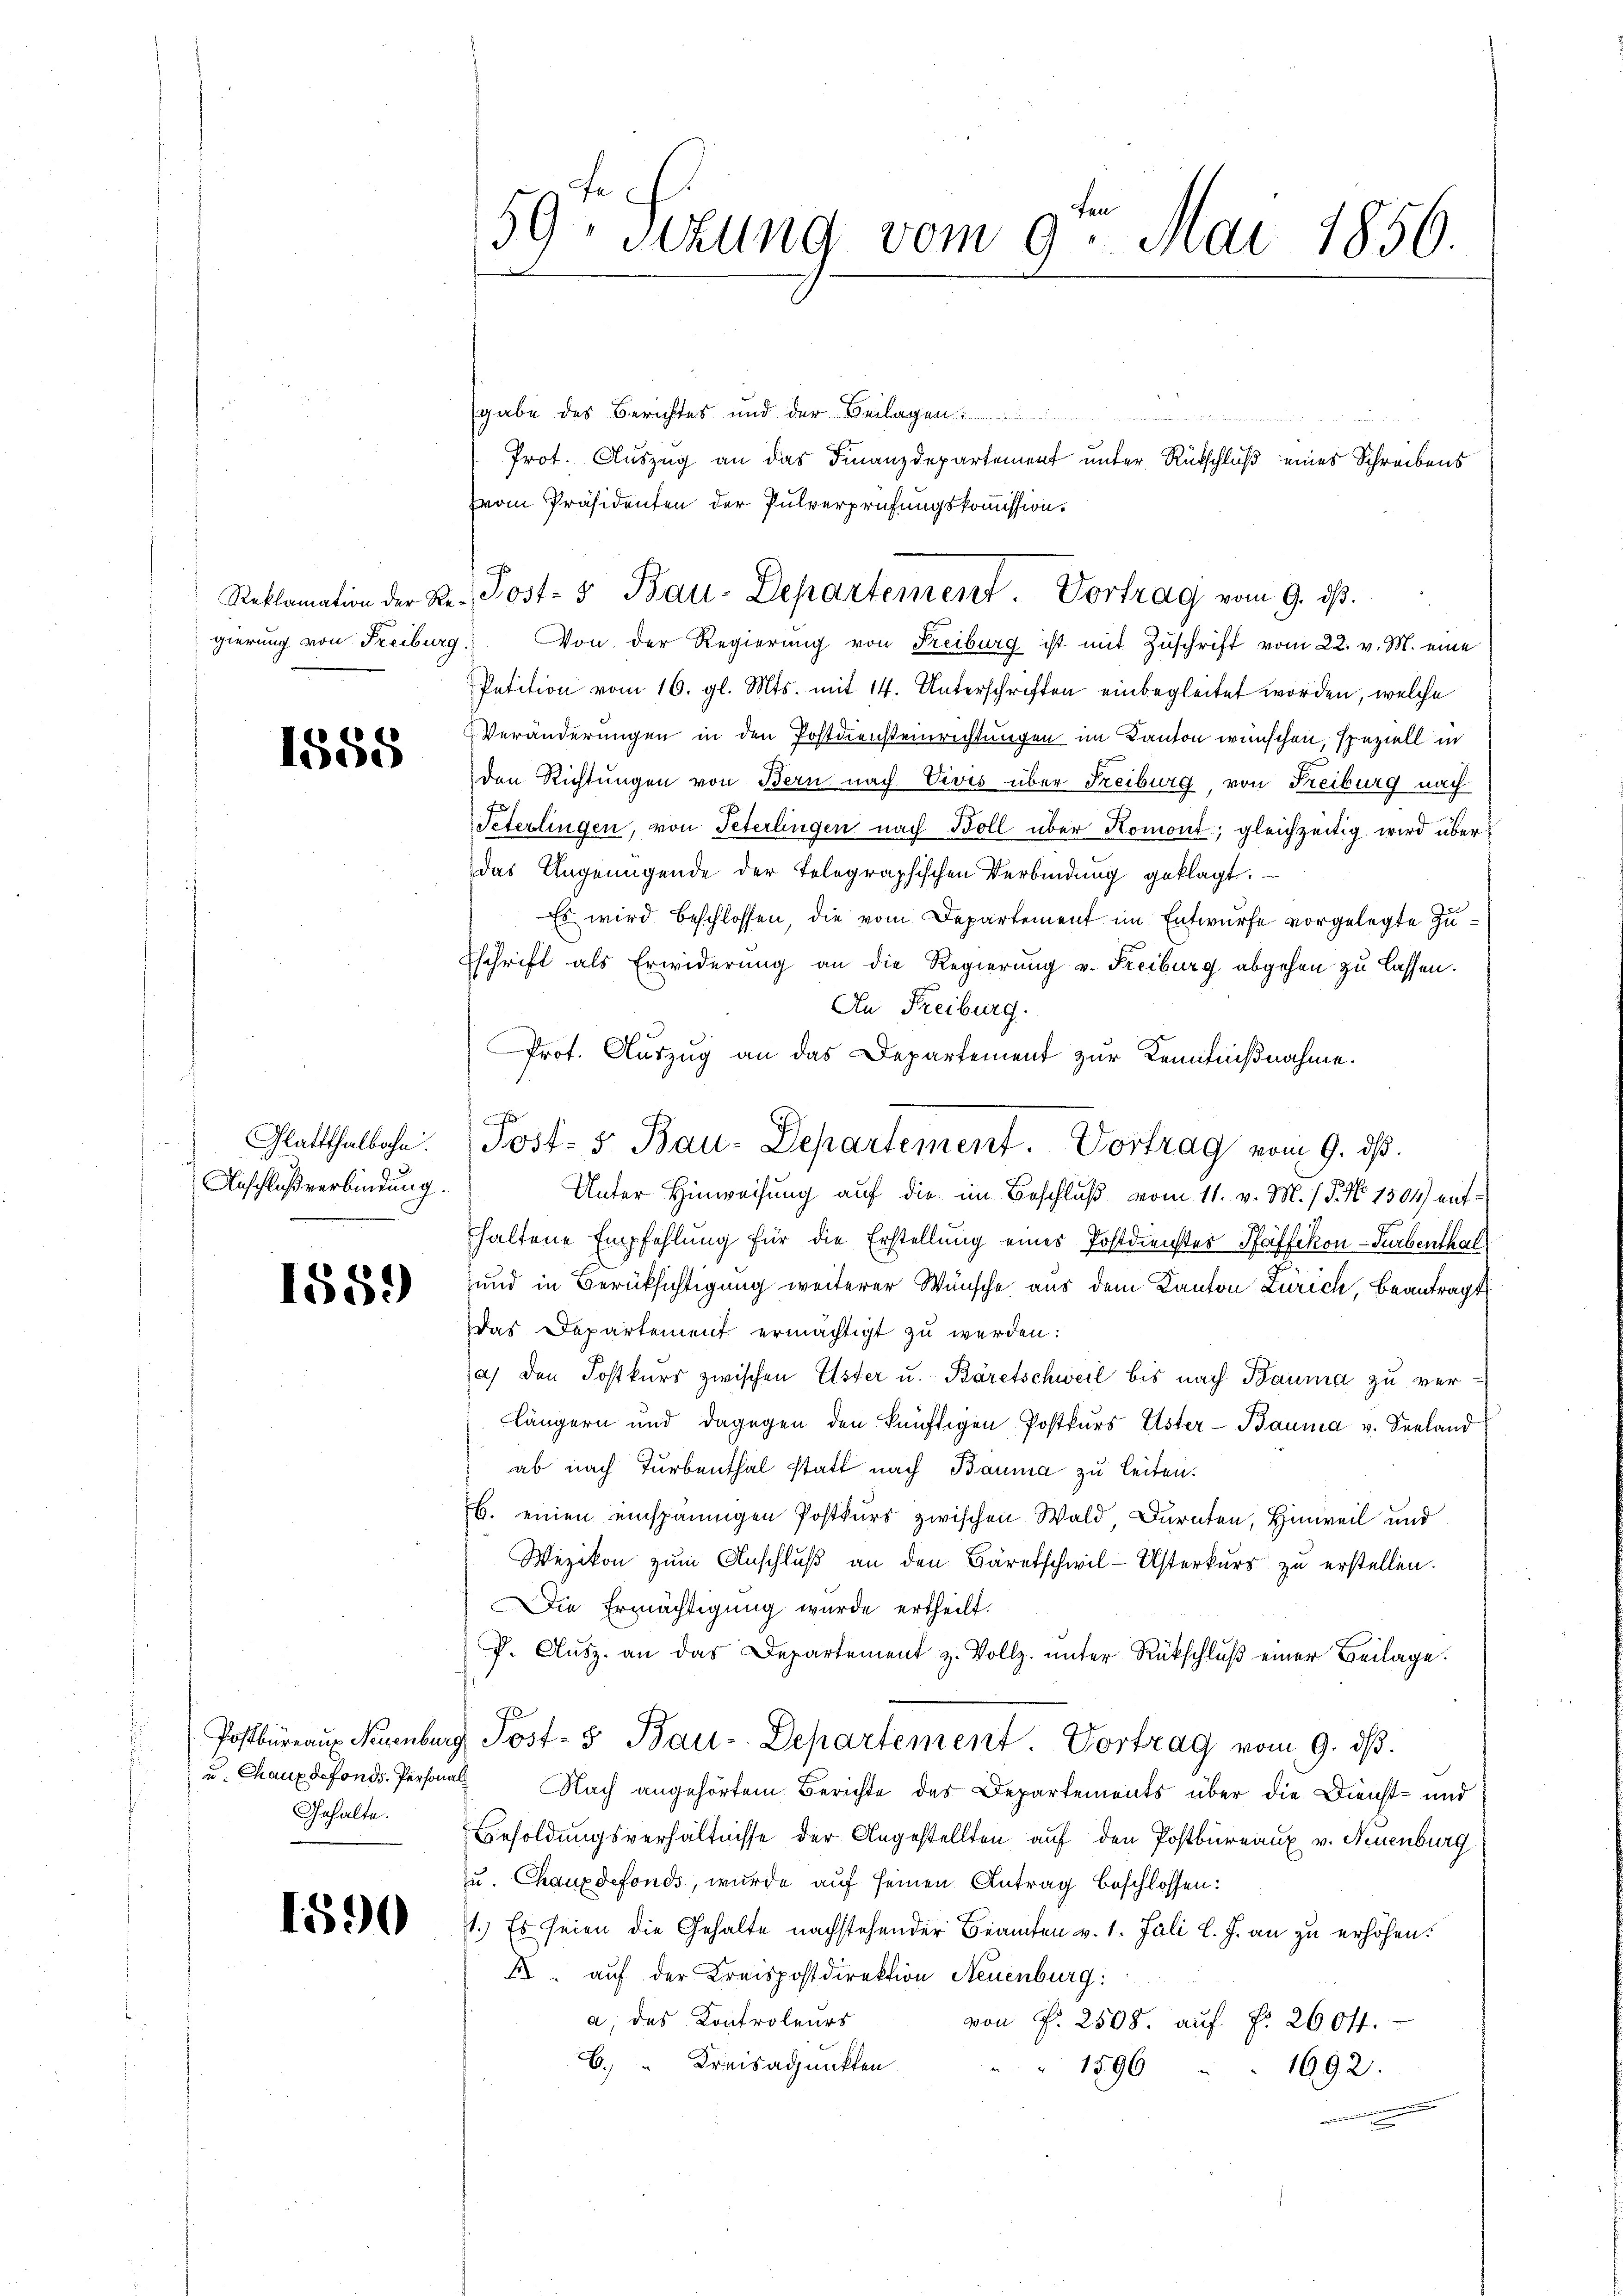
1555

Glattthalbahn.
Anschlußverbindung.

1559

u. Chaux defonds. Personal
Gehalte.

1590

gierung von Freiburg. Von der Regierŭng von Freiburg ist mit Zŭschrift vom 22. v. M. eine
Petition vom 16. gl. Mts. mit 14. Unterschriften einbegleitet worden, welche
Veränderungen in den Postdiensteinrichtungen im Kanton wünschen, speziell in
den Richtungen von Bern nach Vivis über Freiburg, von Freiburg nach
Peterlingen, von Peterlingen nach Boll über Komont; gleichzeitig wird über
das Ungenügende der Telegraphischen Verbindung geklagt.
Es wird beschlossen, die vom Departement im Entwurfe vorgelegte Zu¬
Eschrift als Erwiderung an die Regierung u. Freiburg abgehen zu lassen.
An Freiburg.
Prot. Auszug an das Departement zur Kenntnißnahme.
Unter Hinweisung auf die im Beschluß vom 11. v. M. h. T. No. 7504) aufhaltene Empfehlung für die Erstellung eines Postdienstes Pfaffikon-Turbenthal
und in Berücksichtigung weiterer Wünsche aus dem Kanton Zürich, beantragt
Das Departement ermächtigt zu werden:
a) den Postkurs zwischen Uster u. Bäretschweil bis nach Bauma zu ver-
Längern und dagegen den künftigen Postkurs Ester-Bauma v. Seeland
ab nach Turbenthal statt nach Bauma zu leiten.
B. einen einspännigen Postkurs zwischen Wald Dürnten, Hinweil und
Wezikon zum Anschluß an den Bäretschwil-Usterkurs zu erstellen.
Die Ermächtigung wurde ertheilt.
P. Aŭsz. an das Departement z. Vollz. ŭnter Rückschlŭβ einer Beilage.
Postbüreaus Neuenburg Post- & Bau-Departement Vortrag vom 9. dβ.
Nach angehörtem Berichte des Departements über die Dienst- und
Besoldungsverhältnisse der Angestellten auf den Postbüreaux v. Neuenburg
zu. Chauxdefonds, wurde auf seinen Antrag beschlossen:
1.) Es seien die Gehalte nachstehender Beamten v. 1. Juli l. J. an zu erhöhen.
k auf der Kreispostdirektion Neuenburg:
a; des Kontroleurs
von Fr. 2508. auf No 260 ff.
b. Kreisadjunkten
1596
1692.

59. Sizung vom 9. Mai 1856.

gabe des Berichtes und der Beilagen
Prot. Auszug an das Finanzdepartement unter Rückschluß eines Schreibens
voin Präsidenten der Pulverprüfungskommission.
Reklamation der Rer. Post- & Bau-Departement. Vortrag vom 9. ds.

Post- 5. Bau-Departement. Vortrag vom 9. ds.